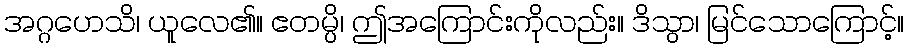
အဂ္ဂဟေသိ၊ ယူလေ၏။ ဧတမ္ပိ၊ ဤအကြောင်းကိုလည်း။ ဒိသွာ၊ မြင်သောကြောင့်။